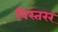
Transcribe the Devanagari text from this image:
विस्तरर